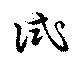
試